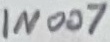
Text: 1N007